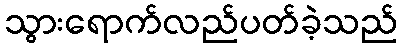
သွားရောက်လည်ပတ်ခဲ့သည်